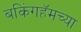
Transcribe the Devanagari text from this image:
बकिंगहॅमच्या